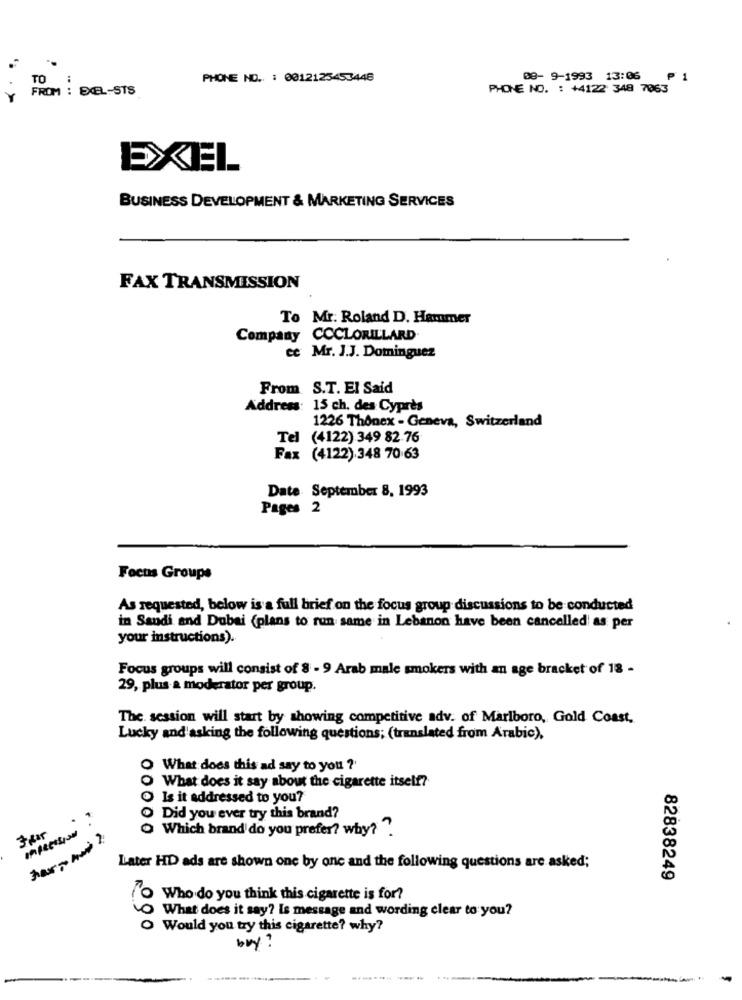
TO
PHONE NO. : 0012125453448
08- 9-1993 13:06
₱ 1
FROM : EXEL-STS
.. ..
PHONE NO. : +4122 348 7063
EXEL
BUSINESS DEVELOPMENT & MARKETING SERVICES
FAX TRANSMISSION
To Mr. Roland D. Hammer
Company CCCLORILLARD
ce Mr. J.J. Dominguez
From S.T. El Said
Address: 15 ch. des Cyprès
1226 Thonex - Geneva, Switzerland
Tel (4122) 349 82.76
Fax (4122) 348 70 63
Date. September 8, 1993
Pages 2
Focus Groups
As requested, below is a full brief on the focus group discussions to be conducted
in Saudi and Dubai (plans to run same in Lebanon have been cancelled as per
your instructions).
Focus groups will consist of 8 - 9 Arab male smokers with an age bracket of 18 -
29, plus a moderator per group.
The session will start by showing competitive adv. of Marlboro, Gold Coast,
Lucky and'asking the following questions; (translated from Arabic),
O What does this ad say to you ?'
O What does it say about the cigarette itself?
Is it addressed to you?
Did you ever try this brand?
O Which brand do you prefer? why?
00000
Later HD ads are shown one by one and the following questions are asked;
82838249
O Who do you think this cigarette is for?
O What does it say? is message and wording clear to you?
O Would you try this cigarette? why?
buy ?
----